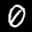
Label: 0